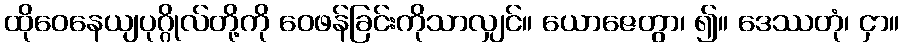
ထိုဝေနေယျပုဂ္ဂိုလ်တို့ကို ဝေဖန်ခြင်းကိုသာလျှင်။ ယောဇေတွာ၊ ၍။ ဒေဿတုံ၊ ငှာ။